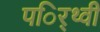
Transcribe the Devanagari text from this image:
पर्िथ्वी